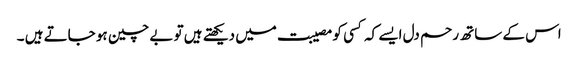
اس کے ساتھ رحم دل ایسے کہ کسی کو مصیبت میں دیکھتے ہیں تو بے چین ہو جاتے ہیں ۔